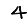
Digit: 4